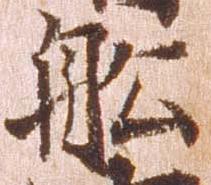
船